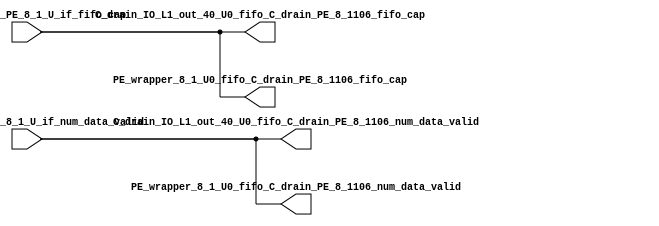
// ==================================================
// RTL generated by RapidStream
//
// Copyright 2024 RapidStream Design Automation, Inc.
// All Rights Reserved.
// ==================================================
`timescale 1 ns / 1 ps
module __rs_kernel3_aux_split_aux_80 #(
    parameter C_S_AXI_CONTROL_DATA_WIDTH  = 32,
    parameter C_S_AXI_CONTROL_ADDR_WIDTH  = 6,
    parameter C_S_AXI_DATA_WIDTH          = 32,
    parameter C_M_AXI_GMEM_A_ID_WIDTH     = 1,
    parameter C_M_AXI_GMEM_A_ADDR_WIDTH   = 64,
    parameter C_M_AXI_GMEM_A_DATA_WIDTH   = 512,
    parameter C_M_AXI_GMEM_A_AWUSER_WIDTH = 1,
    parameter C_M_AXI_GMEM_A_ARUSER_WIDTH = 1,
    parameter C_M_AXI_GMEM_A_WUSER_WIDTH  = 1,
    parameter C_M_AXI_GMEM_A_RUSER_WIDTH  = 1,
    parameter C_M_AXI_GMEM_A_BUSER_WIDTH  = 1,
    parameter C_M_AXI_GMEM_A_USER_VALUE   = 0,
    parameter C_M_AXI_GMEM_A_PROT_VALUE   = 0,
    parameter C_M_AXI_GMEM_A_CACHE_VALUE  = 3,
    parameter C_M_AXI_DATA_WIDTH          = 32,
    parameter C_M_AXI_GMEM_B_ID_WIDTH     = 1,
    parameter C_M_AXI_GMEM_B_ADDR_WIDTH   = 64,
    parameter C_M_AXI_GMEM_B_DATA_WIDTH   = 512,
    parameter C_M_AXI_GMEM_B_AWUSER_WIDTH = 1,
    parameter C_M_AXI_GMEM_B_ARUSER_WIDTH = 1,
    parameter C_M_AXI_GMEM_B_WUSER_WIDTH  = 1,
    parameter C_M_AXI_GMEM_B_RUSER_WIDTH  = 1,
    parameter C_M_AXI_GMEM_B_BUSER_WIDTH  = 1,
    parameter C_M_AXI_GMEM_B_USER_VALUE   = 0,
    parameter C_M_AXI_GMEM_B_PROT_VALUE   = 0,
    parameter C_M_AXI_GMEM_B_CACHE_VALUE  = 3,
    parameter C_M_AXI_GMEM_C_ID_WIDTH     = 1,
    parameter C_M_AXI_GMEM_C_ADDR_WIDTH   = 64,
    parameter C_M_AXI_GMEM_C_DATA_WIDTH   = 512,
    parameter C_M_AXI_GMEM_C_AWUSER_WIDTH = 1,
    parameter C_M_AXI_GMEM_C_ARUSER_WIDTH = 1,
    parameter C_M_AXI_GMEM_C_WUSER_WIDTH  = 1,
    parameter C_M_AXI_GMEM_C_RUSER_WIDTH  = 1,
    parameter C_M_AXI_GMEM_C_BUSER_WIDTH  = 1,
    parameter C_M_AXI_GMEM_C_USER_VALUE   = 0,
    parameter C_M_AXI_GMEM_C_PROT_VALUE   = 0,
    parameter C_M_AXI_GMEM_C_CACHE_VALUE  = 3,
    parameter C_S_AXI_CONTROL_WSTRB_WIDTH = 4,
    parameter C_S_AXI_WSTRB_WIDTH         = 4,
    parameter C_M_AXI_GMEM_A_WSTRB_WIDTH  = 64,
    parameter C_M_AXI_WSTRB_WIDTH         = 4,
    parameter C_M_AXI_GMEM_B_WSTRB_WIDTH  = 64,
    parameter C_M_AXI_GMEM_C_WSTRB_WIDTH  = 64
) (
    output wire [1:0] C_drain_IO_L1_out_40_U0_fifo_C_drain_PE_8_1106_fifo_cap,
    output wire [1:0] C_drain_IO_L1_out_40_U0_fifo_C_drain_PE_8_1106_num_data_valid,
    output wire [1:0] PE_wrapper_8_1_U0_fifo_C_drain_PE_8_1106_fifo_cap,
    output wire [1:0] PE_wrapper_8_1_U0_fifo_C_drain_PE_8_1106_num_data_valid,
    input wire  [1:0] fifo_C_drain_PE_8_1_U_if_fifo_cap,
    input wire  [1:0] fifo_C_drain_PE_8_1_U_if_num_data_valid
);
assign C_drain_IO_L1_out_40_U0_fifo_C_drain_PE_8_1106_fifo_cap = fifo_C_drain_PE_8_1_U_if_fifo_cap;
assign C_drain_IO_L1_out_40_U0_fifo_C_drain_PE_8_1106_num_data_valid = fifo_C_drain_PE_8_1_U_if_num_data_valid;
assign PE_wrapper_8_1_U0_fifo_C_drain_PE_8_1106_fifo_cap = fifo_C_drain_PE_8_1_U_if_fifo_cap;
assign PE_wrapper_8_1_U0_fifo_C_drain_PE_8_1106_num_data_valid = fifo_C_drain_PE_8_1_U_if_num_data_valid;
endmodule